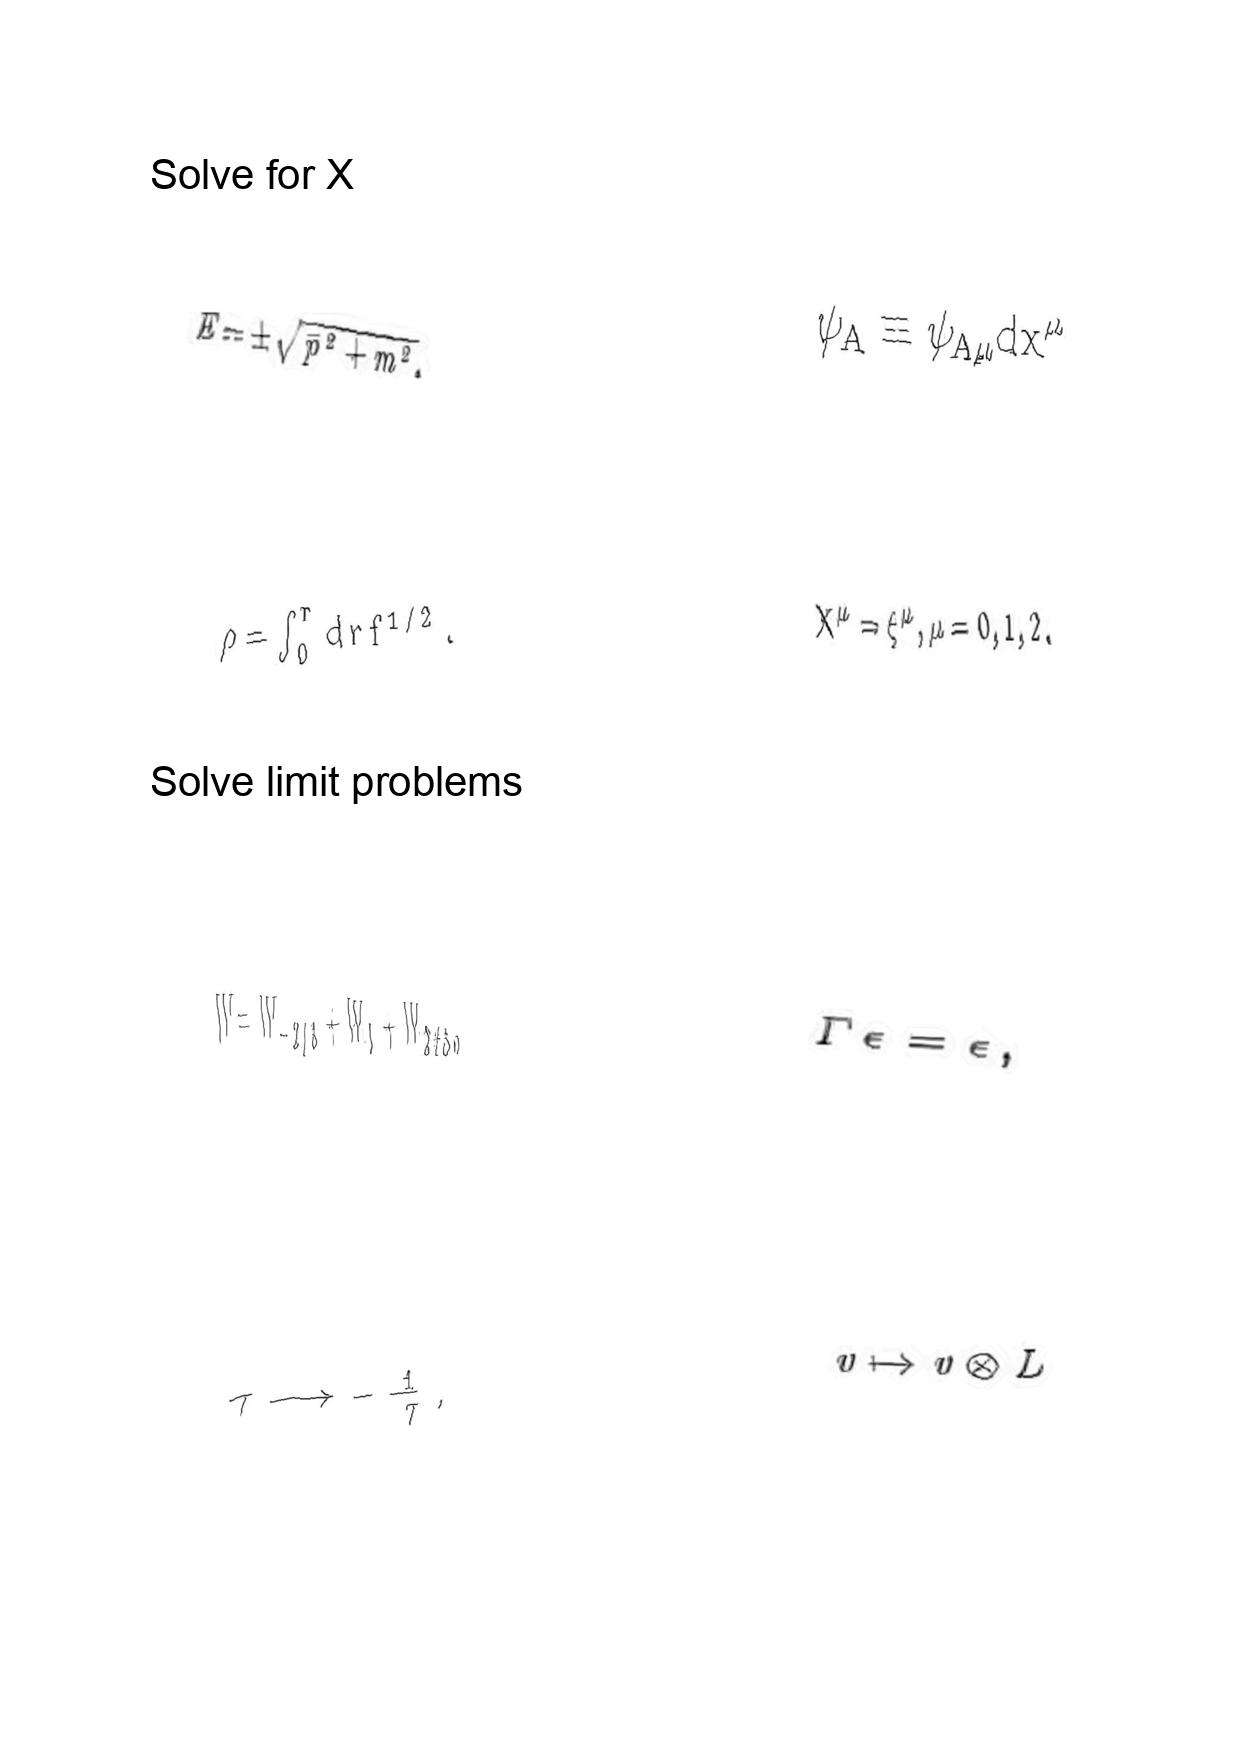
LaTeX transcription:
E = \pm \sqrt { \vec { p } ^ { 2 } + m ^ { 2 } } ,
\rho = \int _ { 0 } ^ { r } d r f ^ { 1 / 2 } .
W = W _ { - 2 / 3 } + W _ { 0 } + W _ { 2 / 3 } ,
\tau \longrightarrow - \frac { 1 } { \tau } ,
\psi _ { A } \equiv \psi _ { A \mu } d x ^ { \mu }
X ^ { \mu } = \xi ^ { \mu } , \mu = 0 , 1 , 2 .
\Gamma \epsilon = \epsilon ,
v \mapsto v \otimes L